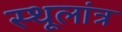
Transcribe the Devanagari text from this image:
स्‍थूलांत्र